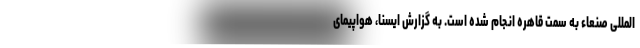
المللی صنعاء به سمت قاهره انجام شده است. به گزارش ایسنا، هواپیمای